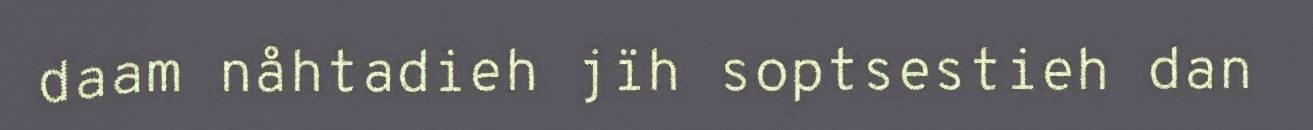
daam nåhtadieh jïh soptsestieh dan